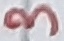
Text: 3